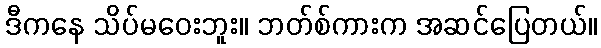
ဒီကနေ သိပ်မဝေးဘူး။ ဘတ်စ်ကားက အဆင်ပြေတယ်။